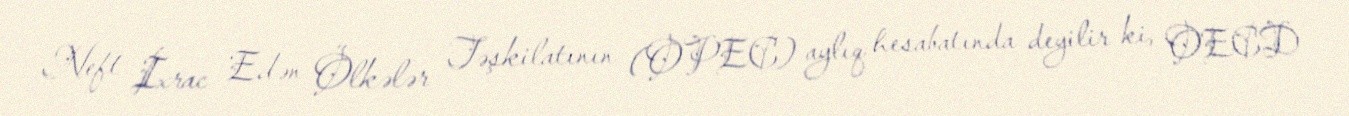
Neft İxrac Edən Ölkələr Təşkilatının (OPEC) aylıq hesabatında deyilir ki, OECD